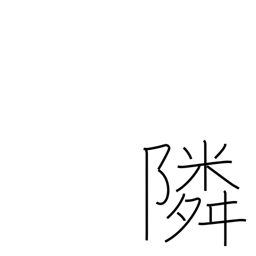
Meaning: neighboring